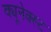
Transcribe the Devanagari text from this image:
क्यूनेक्स्ट